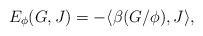
LaTeX: \begin{align*} E_\phi(G,J)=-\langle\beta(G/\phi),J\rangle,\end{align*}